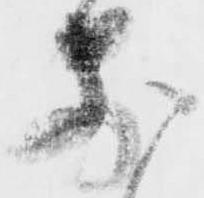
前